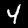
Label: 4